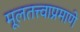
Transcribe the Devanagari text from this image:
मूलतत्त्वाप्रमाणे